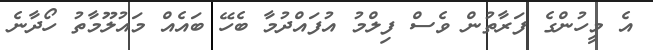
އެ މީހުންގެ ފަރާތުން ވެސް ފިލްމު އުފައްދުމާ ބެހޭ ބައެއް މައުލޫމާތު ހޯދާނެ